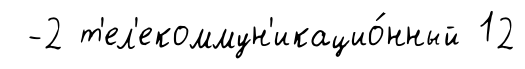
-2 т'ел'екоммун'икацио́нный 12